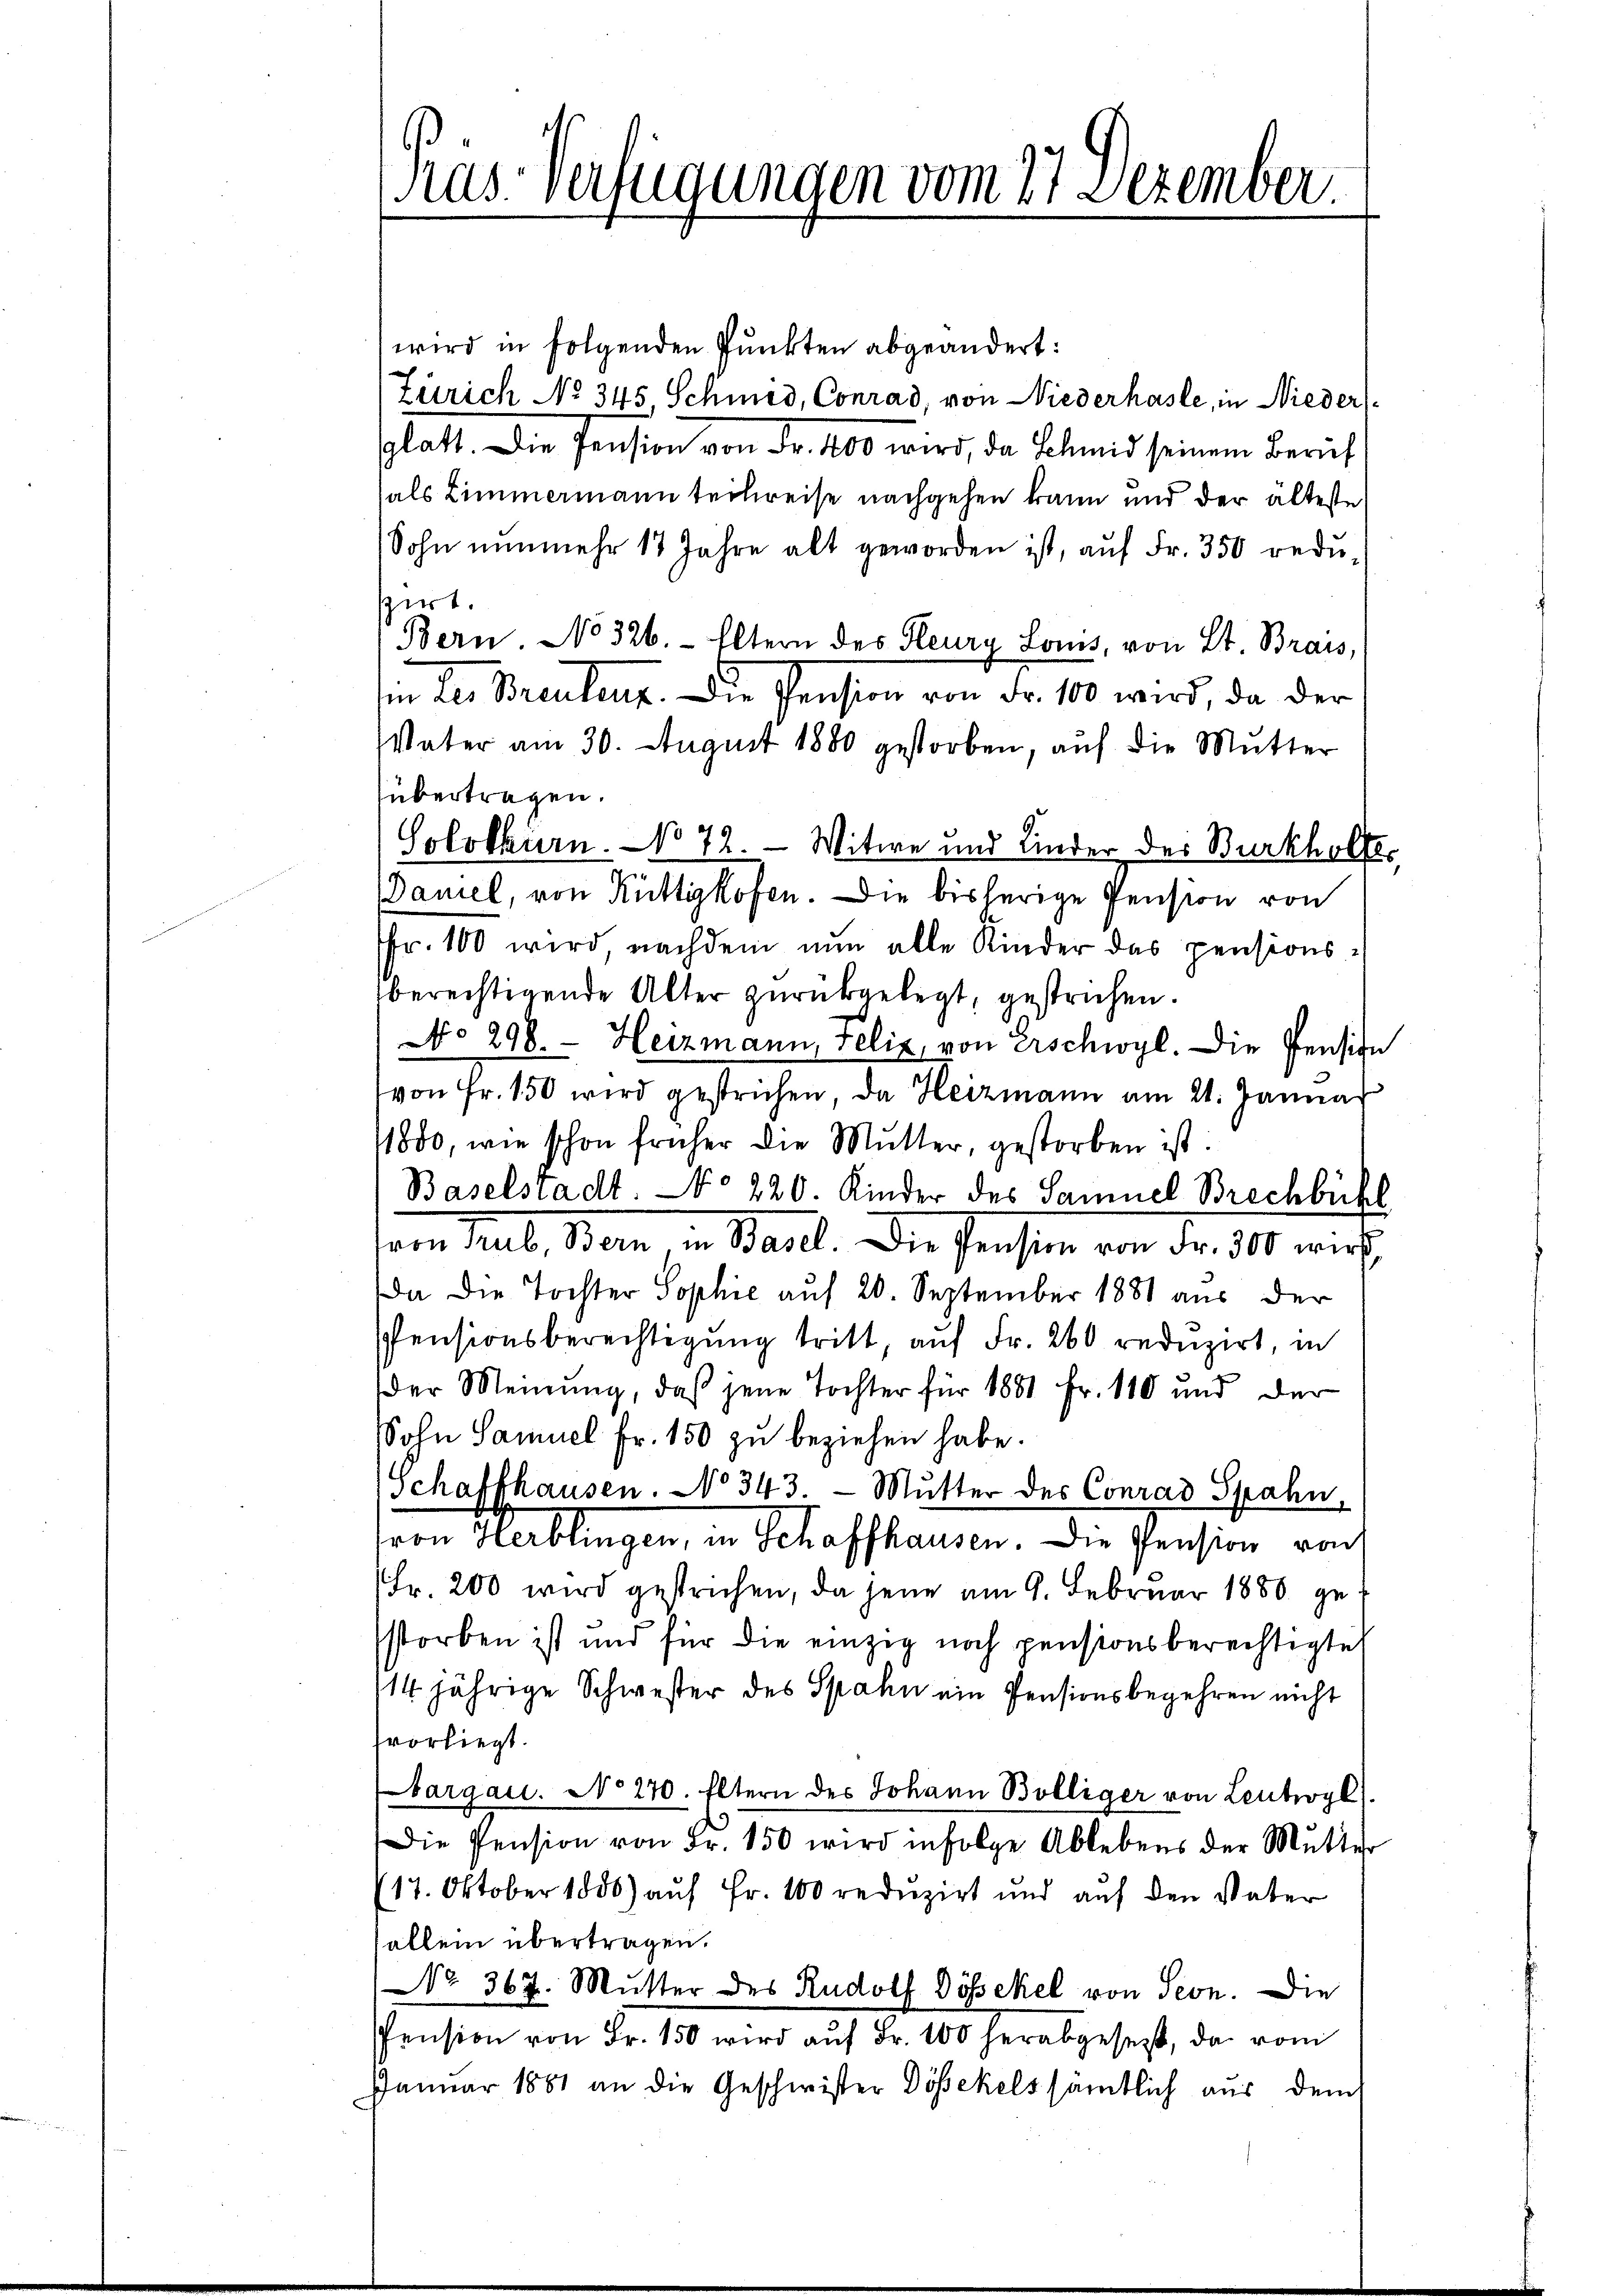
Prus-Verfügungen vom 27 Dezember.

wird in folgenden Punkten abgeändert:
Zürich No 345 Schmid, Conrad, von Niederhasle, in Nieder
Glatt. Die Pension von Fr. 400 wird, da Schmid seinem Zürich
als Zimmermann teilweise nachgehen kann und der älteste
Sohn nunmehr 13 Jahre alt geworden ist, auf Fr. 350 reduszirt.
Bern. No 326. Eltern des Heura Lois, von St. Brais,
sien der Briculier. Die Pension von Fr. 10 wird, da der
Vater am 30. August 1880 gestorben, auf die Mutter
übertragen.
Solothurn. No 72. — Witwe und Kinder der Burkholter
Daniel, von Rüttikofen. Die bisherige Pension von
fr. 100 wird nachdem nun alle Kinder das pensionsberechtigende Alter zurükgelegt, gestrichen.
No 298. Heizmann, Felix von Erschwyl. Die Pension
von Fr. 150 wird gestrichen, da Heizmann am 21. Januar
1880, wie schon früher die Mutter, gestorben ist
Baselstadt. No 220. Kinder des Samuel Brechbühl
Vom Mal, dem in Basel. Die Pension von der 10 wir
Da die Tochter Sophie auf 20. September 1881 aus der
PPensionsberechtigung tritt, auf Fr. 260 reduzirt, in
der Meinung, daß jene Tochter für 1881 Fr. 110 und der
Sohn Samuel Fr. 150 zu beziehen habe.
Schaffhausen. No 343. - Mutter des Conrad Spahn,
ron Herblingen, in Schaffhausen. Die Pension von
Fr. 200 wird gestrichen, da jene am 9. Februar 1880 gestorben ist und für die einzig noch pensionsberechtigte
/14 jährige Schwester des Spahn ein Pensionsbegehren nicht
fvorliegt.
bargau. No 270. Eltern des Johann Bolliger von Leutwyl)
Die Pension von Fr. 150 wird infolge Ablebens der Mutter
17. Oktober 1800) auf Fr. 100 reduzirt und auf den Vater
allen übertragen.
No 367. Mutter des Rudolf Dössekel von Seon. Die
Pension von Fr. 150 wird aŭf Fr. 100 herabgesetzt, da vom
Januar 1881 an die Geschwister Dösekels sämtlich aus dem